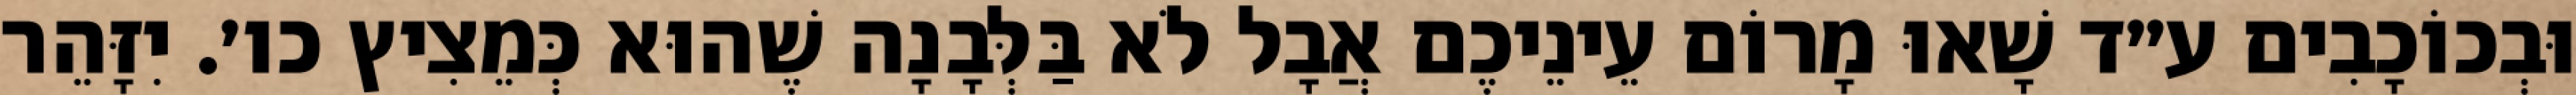
וּבְכוֹכָבִים ע״ד שָׁאוּ מָרוֹם עֵינֵיכֶם אֲבָל לֹא בַּלְּבָנָה שֶׁהוּא כְּמֵצִיץ כו׳. יִזָּהֵר